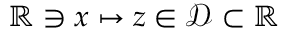
\mathbb { R } \ni x \mapsto z \in \mathcal { D } \subset \mathbb { R }